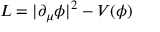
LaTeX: { \cal L } = | \partial _ { \mu } \phi | ^ { 2 } - V ( \phi )